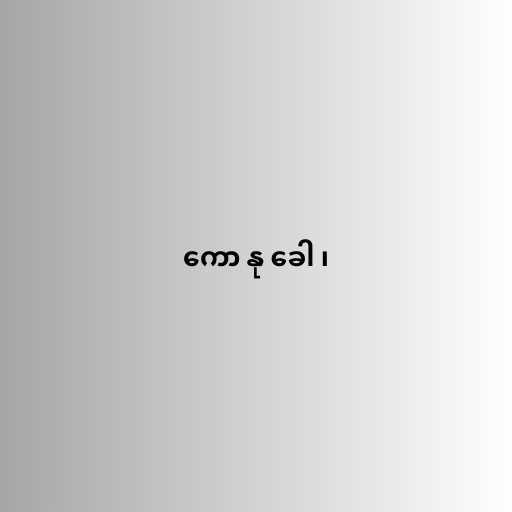
ကော နု ခေါ ၊